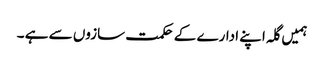
ہمیں گلہ اپنے ادارے کے حکمت سازوں سے ہے ۔